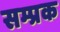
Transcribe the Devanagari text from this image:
सम्प्रक